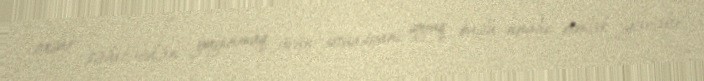
oxşar səhvlərdən yayınmaq üçün situasiyanı soyuq başla analiz etmək gərəkir.